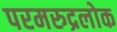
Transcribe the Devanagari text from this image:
परमरुद्रलोक